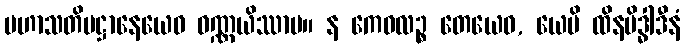
မဟာသတိပဋ္ဌာနေယေဝ ဝဏ္ဏယိဿာမ။ န ကေဝလဉ္စ တေယေဝ, ယေပိ ထိနမိဒ္ဓါဒီနံ